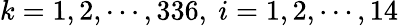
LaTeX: k=1,2,\cdots,336,~i=1,2,\cdots,14